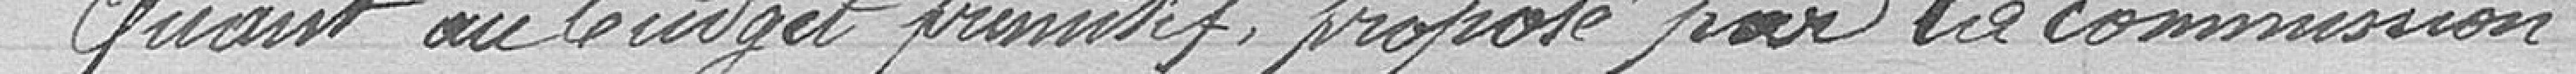
Quant au budget primitif, proposé par la commission